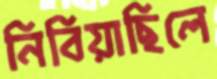
নিবিয়াছিলে